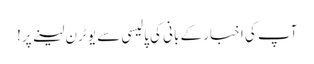
آپ کی اخبار کے بانی کی پالیسی سے یو ٹرن لینے پر!